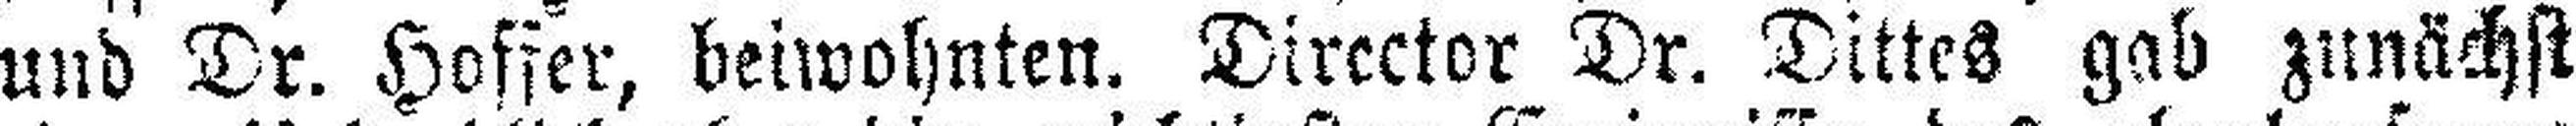
und Dr. Hoffer, beiwohnten. Director Dr. Dittes gab zunächst